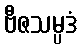
ဗီဇသမ္ပဒံ